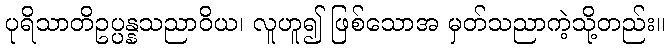
ပုရိသာတိဥပ္ပန္နသညာဝိယ၊ လူဟူ၍ ဖြစ်သောအ မှတ်သညာကဲ့သို့တည်း။